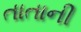
તાતાની